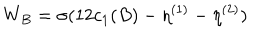
W _ { B } = \sigma ( 1 2 c _ { 1 } ( B ) - \eta ^ { ( 1 ) } - \eta ^ { ( 2 ) } )